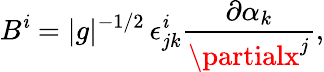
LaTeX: B^{\mathit{i}}=|g|^{-1/2}\, \epsilon_{jk}^{\mathit{i}}\frac{{\partial\alpha_{k}}}{{\partialx^{j}}},